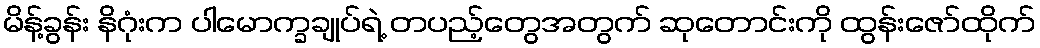
မိန့်ခွန်း နိဂုံးက ပါမောက္ခချုပ်ရဲ့ တပည့်တွေအတွက် ဆုတောင်းကို ထွန်းဇော်ထိုက်